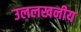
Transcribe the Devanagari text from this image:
उललखनीय